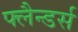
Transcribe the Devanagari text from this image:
फ्लैन्डर्स